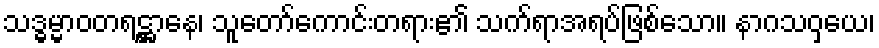
သဒ္ဓမ္မာဝတရဋ္ဌာနေ၊ သူတော်ကောင်းတရား၏ သက်ရာအရပ်ဖြစ်သော။ နာဂသဝှယေ၊